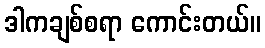
ဒါကချစ်စရာ ကောင်းတယ်။